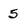
Character: 5